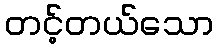
တင့်တယ်သော